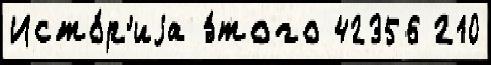
Исто́р'иjа э́того 42356 210